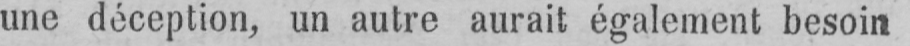
une déception, un autre aurait également besoin